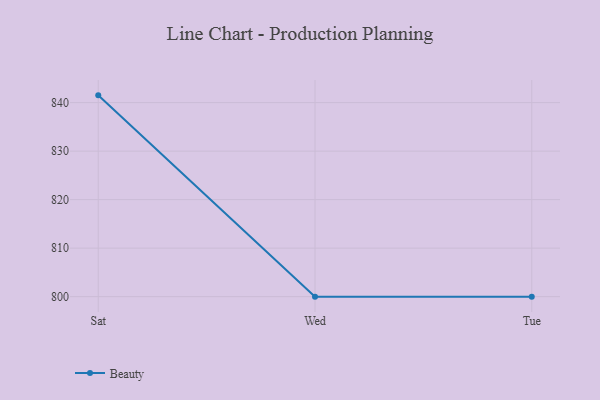
{"axis": {"x": "Day", "y": "Website Visitors"}, "legend": ["Beauty"], "data": [{"x": "Sat", "y": 841.5, "type": "Beauty"}, {"x": "Wed", "y": 800, "type": "Beauty"}, {"x": "Tue", "y": 800, "type": "Beauty"}]}